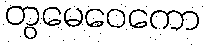
တွမေဝေကော